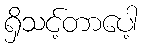
ရှိသင့်တာပေါ့